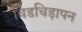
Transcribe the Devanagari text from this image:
चिडचिड़ापन